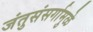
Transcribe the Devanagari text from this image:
जंतुसंसर्गामुळे